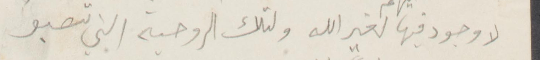
لا وجود فيها الهام لغير الله ولتك الروحية التي تصبو